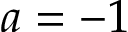
a = - 1